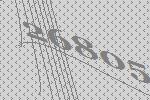
26805